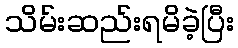
သိမ်းဆည်းရမိခဲ့ပြီး